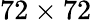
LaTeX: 72\times 72